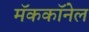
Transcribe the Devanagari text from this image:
मॅककॉनेल